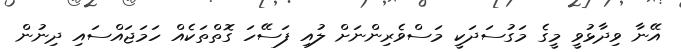
އޭނާ ވިދާޅުވީ މީގެ މަގުސަދަކީ މަސްވެރިންނަށް ލުއި ފަސޭހަ ގޮތްތަކެއް ހަމަޖައްސައި ދިނުން